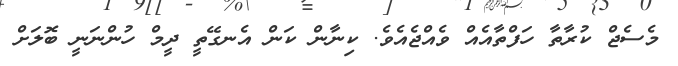
މެސެޖް ކުރާތާ ހަފްތާއެއް ވެއްޖެއެވެ. ކިނާން ކަން އެނގޭތީ ދީމް ހުންނަނީ ބޮލަށް